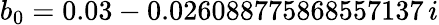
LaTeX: b_{0}=0.03-0.026088775868557137\, i